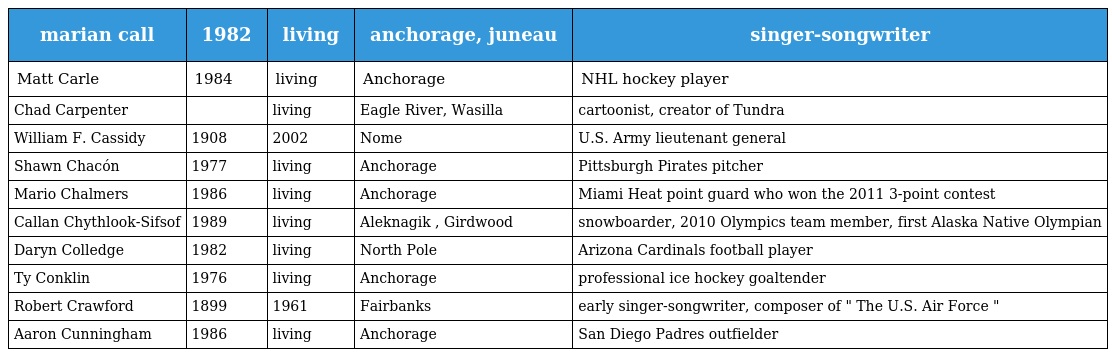
| marian call | 1982 | living | anchorage, juneau | singer-songwriter |
 | --- | --- | --- | --- | --- |
 | Matt Carle | 1984 | living | Anchorage | NHL hockey player |
 | Chad Carpenter |  | living | Eagle River, Wasilla | cartoonist, creator of Tundra |
 | William F. Cassidy | 1908 | 2002 | Nome | U.S. Army lieutenant general |
 | Shawn Chacón | 1977 | living | Anchorage | Pittsburgh Pirates pitcher |
 | Mario Chalmers | 1986 | living | Anchorage | Miami Heat point guard who won the 2011 3-point contest |
 | Callan Chythlook-Sifsof | 1989 | living | Aleknagik , Girdwood | snowboarder, 2010 Olympics team member, first Alaska Native Olympian |
 | Daryn Colledge | 1982 | living | North Pole | Arizona Cardinals football player |
 | Ty Conklin | 1976 | living | Anchorage | professional ice hockey goaltender |
 | Robert Crawford | 1899 | 1961 | Fairbanks | early singer-songwriter, composer of " The U.S. Air Force " |
 | Aaron Cunningham | 1986 | living | Anchorage | San Diego Padres outfielder |